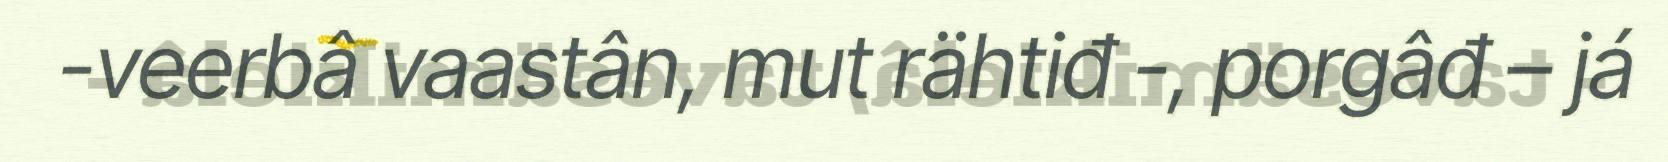
-veerbâ vaastân, mut rähtiđ -, porgâđ – já